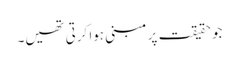
جو حقیقت پر مبنی ہوا کرتی تھیں۔